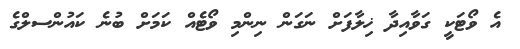
އެ ވޯޓަކީ ގަވާއިދާ ޚިލާފަށް ނަގަން ނިންމި ވޯޓެއް ކަމަށް ބުނެ ކައުންސލްގެ